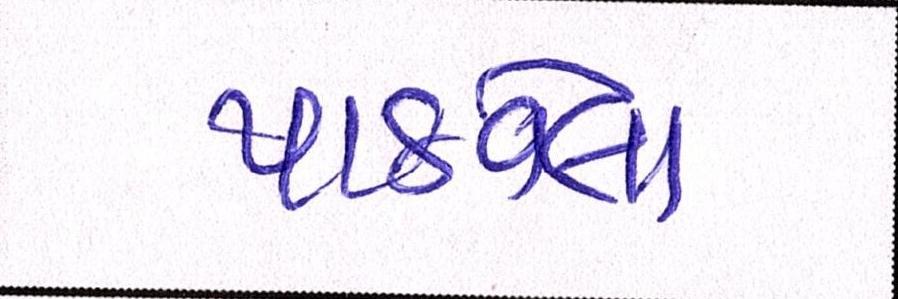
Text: પાઠવેલા